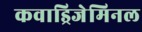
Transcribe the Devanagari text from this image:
कवाड्रिजेमिनल